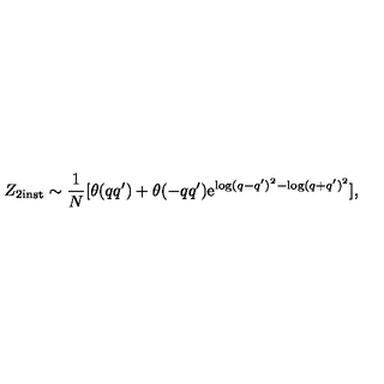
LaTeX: Z _ { 2 \mathrm { i n s t } } \sim \frac { 1 } { N } [ \theta ( q q ^ { \prime } ) + \theta ( - q q ^ { \prime } ) \mathrm { e } ^ { \log ( q - q ^ { \prime } ) ^ { 2 } - \log ( q + q ^ { \prime } ) ^ { 2 } } ] ,